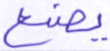
يصنع